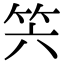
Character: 𥫰